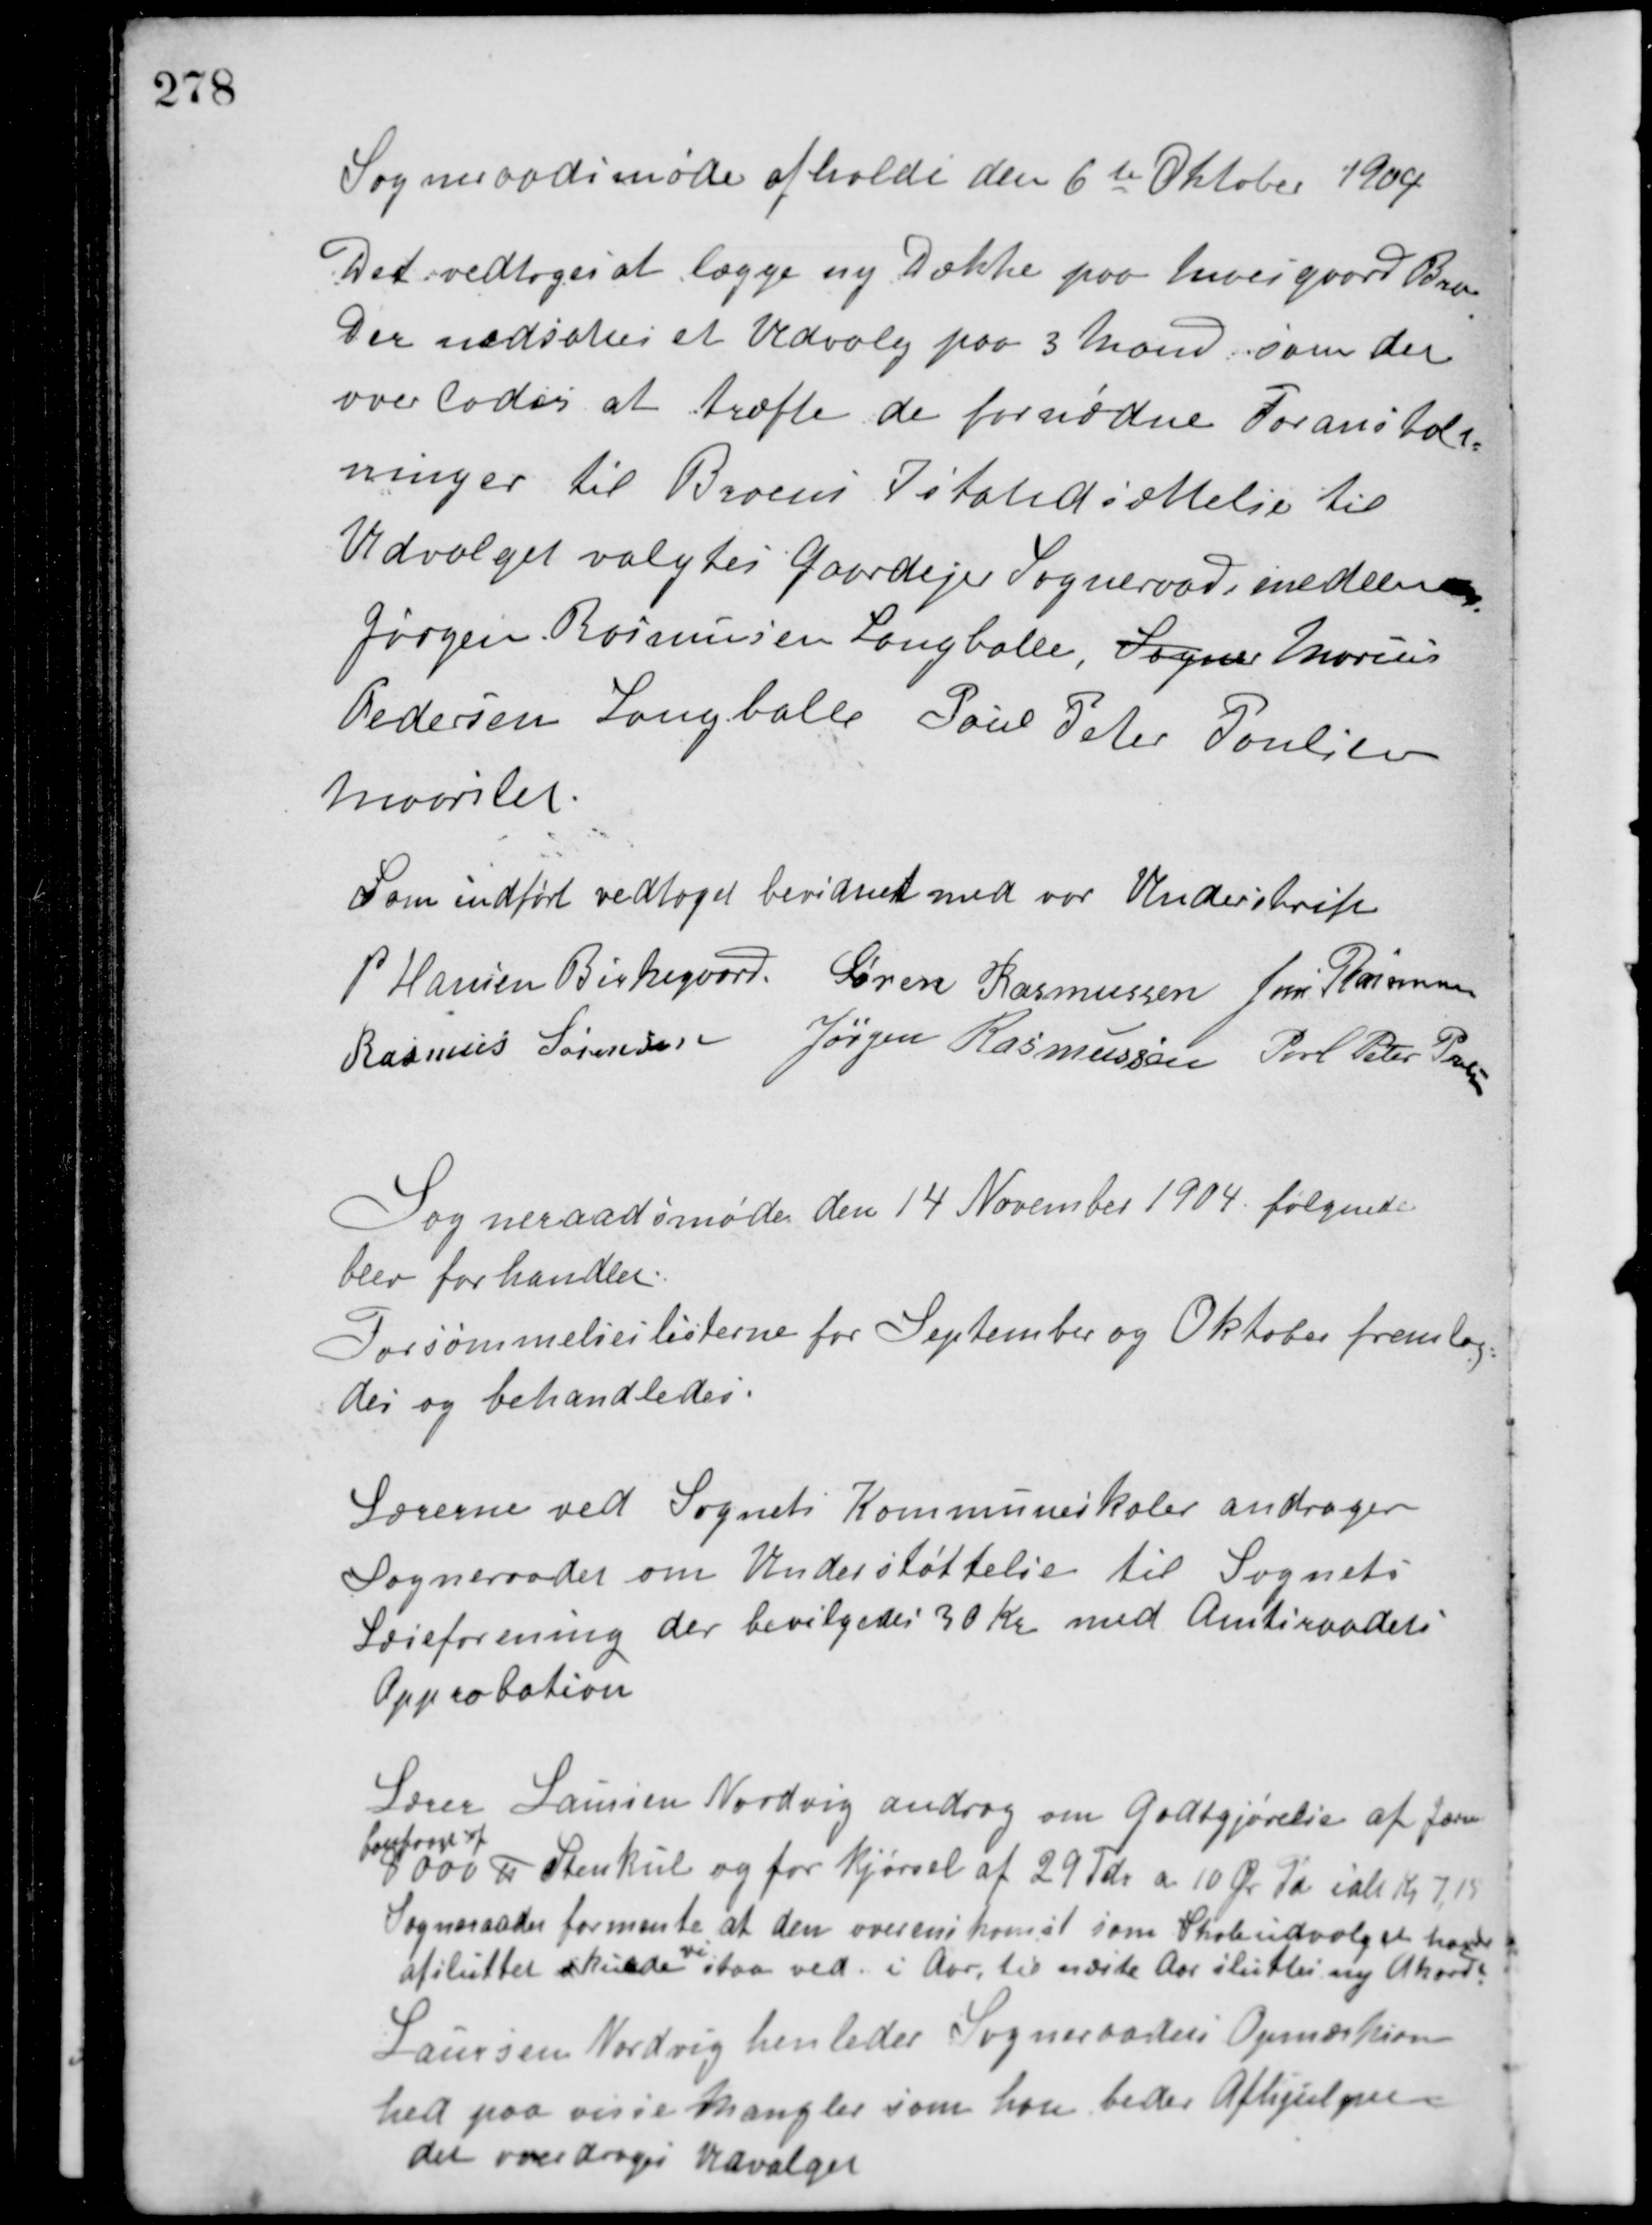
Transskription:
Sogneraadsmøde afholdt den 6te Oktober 1904
Det vedtoges at lægge ny Dække paa Moesgaard Bro.
Der nedsattes et Udvalg paa 3 Mand, som det
overlodes at træfte de fornødne Foranstalt-
ninger til Broens Istandsættelse til
Udvalget valgtes Gaardejer Sogneraadsmedlem
Jørgen Rasmussen Langballe, Sogner Marius
Pedersen Langballe Poul Peter Poulsen
Maarslet.
Som indført vedtaget bevidnet med vor Underskrift
P. Hansen Birkegaard Søren Rasmussen Jens Rasmussen
Rasmus Sørensen Jørgen Rasmussen Poul Peter Poulsen
Sogneraadsmøde den 14 November 1904. følgende
blev forhandlet.
Forsømmelseslisterne for September og Oktober fremlag-
des og behandledes.
Lærerne ved Sognets Kommuneskoler andrager
Sogneraadet om Understøttelse til Sognets
Læseforening der bevilgedes 30 Kr. med Amtsraadets
Approbation.
Lærer Laursen Nordvig androg om Godtgjørelse af Jor
lonfragt af
8000 ℔ Stenkul og for kjørsel af 29 Tdr. a 10 Øre Td. ialt Kr. 7,15.
Sogneraadet formente at den overenskomst som Skoleudvalget havde
afsluttet skulde
vi
staa ved i Aar, til næste Aar sluttes ny Akord.
Laursen Nordvig henleder Sogneraadets Opmærksom-
hed paa visse Mangler som han beder Afhjulpen
det overdroges Udvalget.